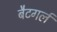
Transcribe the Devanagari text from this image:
बैटगर्ल